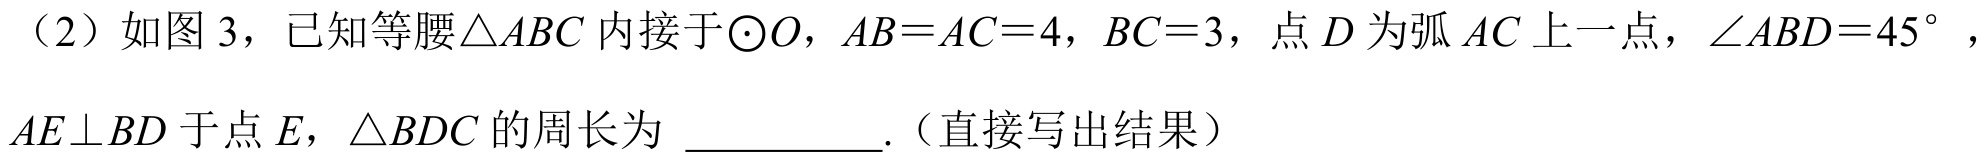
（2）如图 3，已知等腰$\triangle ABC$内接于$\odot O$，$AB = AC = 4$，$BC = 3$，点$D$为弧$AC$上一点，$\angle ABD = 45^{\circ}$，$AE\perp BD$于点$E$，$\triangle BDC$的周长为 \underline{\quad\quad}.（直接写出结果）